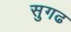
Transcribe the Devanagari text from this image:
सुगढ